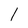
Character: l